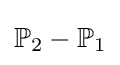
\mathbb {P} _{2}-\mathbb {P} _{1}